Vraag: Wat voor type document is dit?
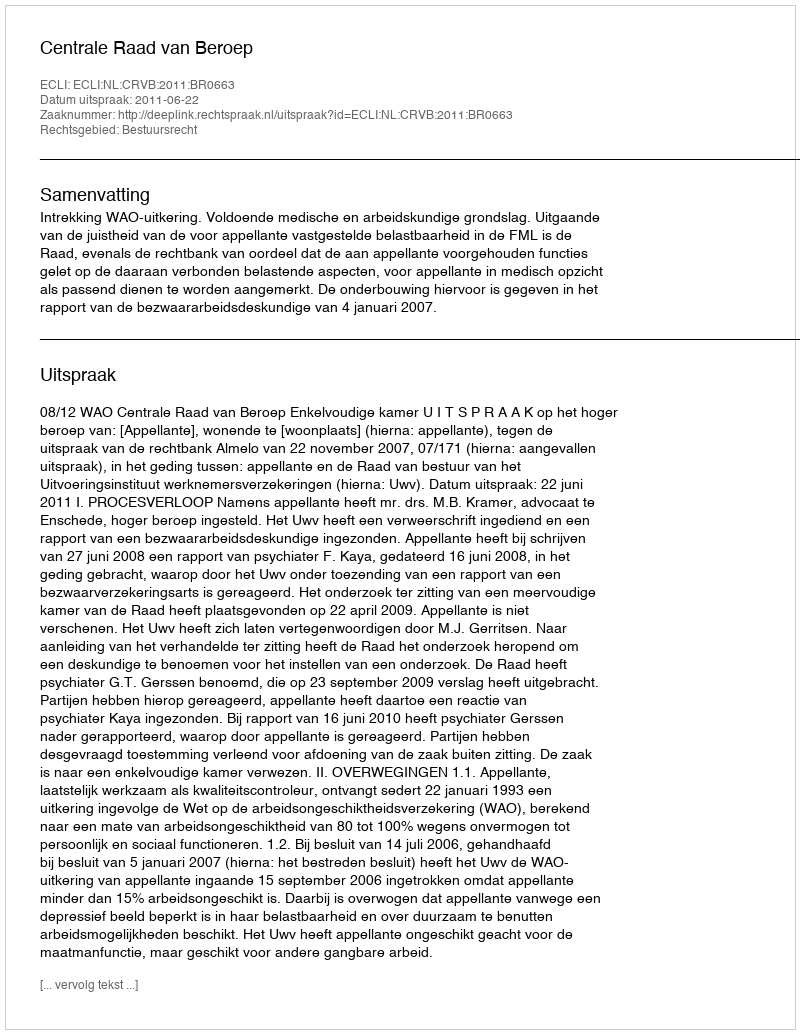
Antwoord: Uitspraak